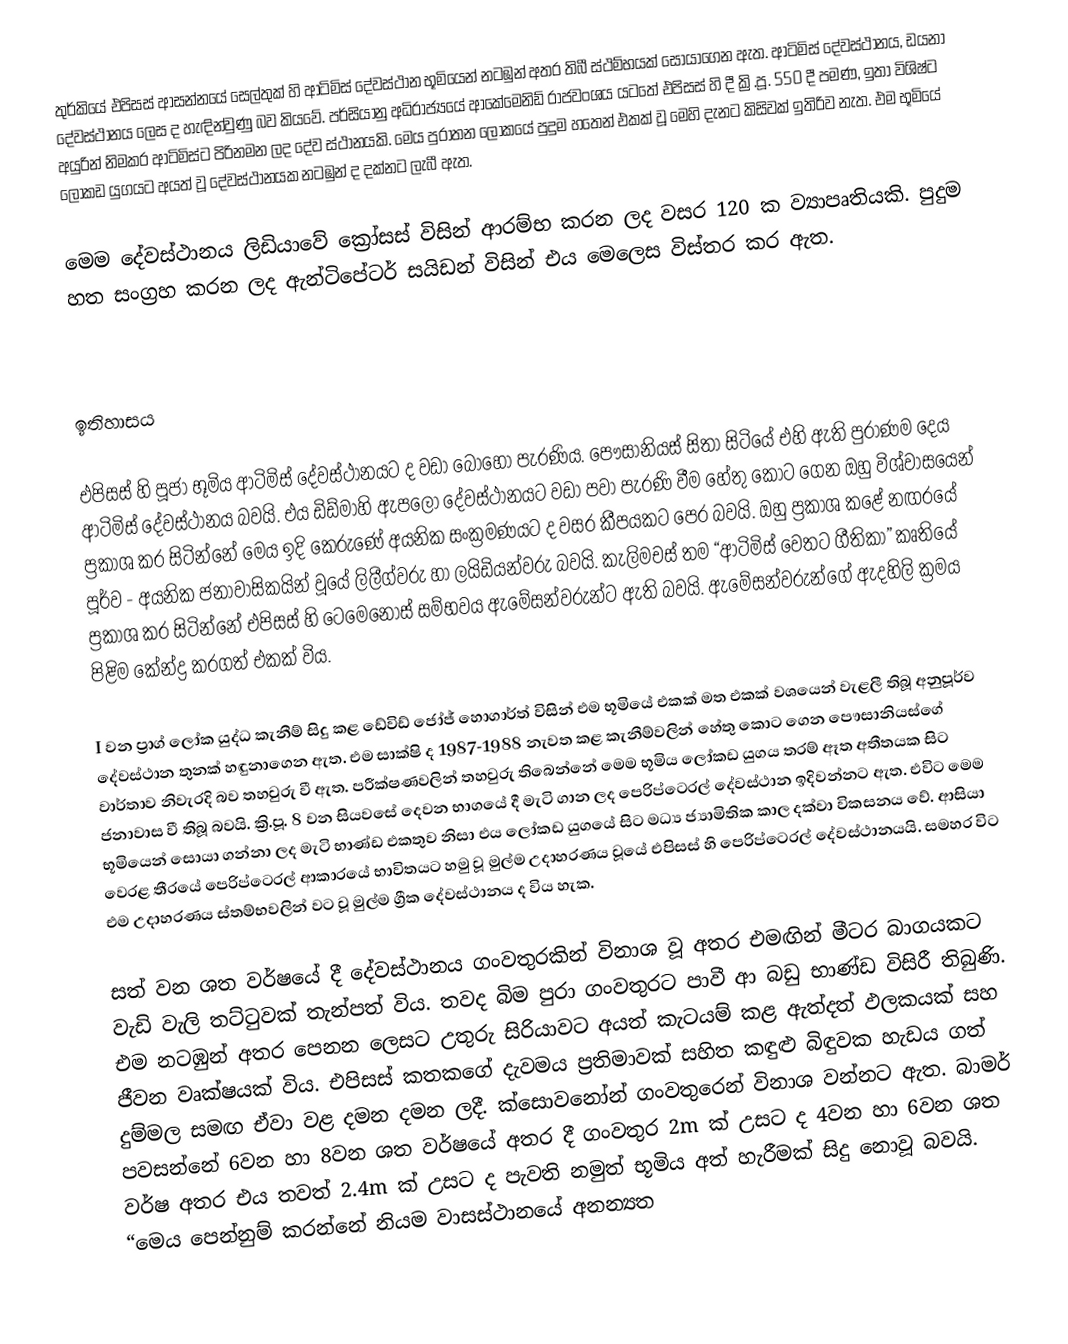
තුර්කියේ එපිසස් ආසන්නයේ සෙල්තුක් හි ආටිමිස් දේවස්ථාන භූමියෙන් නටඹුන් අතර තිබී ස්ථම්භයක් සොයාගෙන ඇත. ආටිමිස් දේවස්ථානය, ඩයනා දේවස්ථානය ලෙස ද හැඳින්වුණු බව කියවේ. පර්සියානු අධිරාජ්‍යයේ ආකේමෙනිඩ් රාජවංශය යටතේ එපිසස් හි දී ක්‍රි.පූ. 550 දී පමණ, ඉතා විශිෂ්ට අයුරින් නිමකර ආටිමිස්ට පිරිනමන ලද දේව ස්ථානයකි. මෙය පුරාතන ලෝකයේ පුදුම හතෙන් එකක් වූ මෙහි දැනට කිසිවක් ඉතිරිව නැත. එම භූමියේ ලෝකඩ යුගයට අයත් වූ දේවස්ථානයක නටඹුන් ද දක්නට ලැබී ඇත.

මෙම දේවස්ථානය ලිඩියාවේ ක්‍රෝසස් විසින් ආරම්භ කරන ලද වසර 120 ක ව්‍යාපෘතියකි. පුදුම හත සංග්‍රහ කරන ලද ඇන්ටිපේටර් සයිඩන් විසින් එය මෙලෙස විස්තර කර ඇත.

‍

ඉතිහාසය

එපිසස් හි පූජා භූමිය ආටිමිස් දේවස්ථානයට ද වඩා බොහෝ පැරණිය. පෞසානියස් සිතා සිටියේ එහි ඇති පුරාණම දෙය ආටිමිස් දේවස්ථානය බවයි. එය ඩිඩ්මාහි ඇපලෝ දේවස්ථානයට වඩා පවා පැරණි වීම හේතු කොට ගෙන ඔහු විශ්වාසයෙන් ප්‍රකාශ කර සිටින්නේ මෙය ඉදි කෙරුණේ අයනික සංක්‍රමණයට ද වසර කීපයකට පෙර බවයි. ඔහු ප්‍රකාශ කළේ නඟරයේ පූර්ව - අයනික ජනාවාසිකයින් වූයේ ලිලීග්වරු හා ලයිඩියන්වරු බවයි. කැලිමචස් තම “ආටිමිස් වෙතට ගීතිකා” කෘතියේ ප්‍රකාශ කර සිටින්නේ එපිසස් හි ටෙමෙනෝස් සම්භවය ඇමේසන්වරුන්ට ඇති බවයි. ඇමේසන්වරුන්ගේ ඇදහිලි ක්‍රමය පිළිම කේන්ද්‍ර කරගත් එකක් විය.

I වන ප්‍රාග් ලෝක යුද්ධ කැනීම් සිදු කළ ඩේවිඩ් ජෝජ් හොගාර්ත් විසින් එම භූමියේ එකක් මත එකක් වශයෙන් වැළලී තිබූ අනුපූර්ව දේවස්ථාන තුනක් හඳුනාගෙන ඇත. එම සාක්ෂි ද 1987-1988 නැවත කළ කැනීම්වලින් හේතු කොට ගෙන පෞසානියස්ගේ වාර්තාව නිවැරදි බව තහවුරු වී ඇත. පරීක්ෂණවලින් තහවුරු තිබෙන්නේ මෙම භූමිය ලෝකඩ යුගය තරම් ඈත අතීතයක සිට ජනාවාස වී තිබූ බවයි. ක්‍රි.පූ. 8 වන සියවසේ දෙවන භාගයේ දී මැටි ගාන ලද පෙරිප්ටෙරල් දේවස්ථාන ඉදිවන්නට ඇත. එවිට මෙම භූමියෙන් සොයා ගන්නා ලද මැටි භාණ්ඩ එකතුව නිසා එය ලෝකඩ යුගයේ සිට මධ්‍ය ජ්‍යාමිතික කාල දක්වා විකසනය වේ. ආසියා වෙරළ තීරයේ පෙරිප්ටෙරල් ආකාරයේ භාවිතයට හමු වූ මුල්ම උදාහරණය වූ‍යේ එපිසස් හි පෙරිප්ටෙරල් දේවස්ථානයයි. සමහර විට එම උදාහරණය ස්තම්භවලින් වට වූ මුල්ම ග්‍රීක දේවස්ථානය ද විය හැක.

සත් වන ශත වර්ෂයේ දී දේවස්ථානය ගංවතුරකින් විනාශ වූ අතර එමඟින් මීටර බාගයකට වැඩි වැලි තට්ටුවක් තැන්පත් විය. තවද බිම පුරා ගංවතුරට පාවී ආ බඩු භාණ්ඩ විසිරී තිබුණි. එම නටඹුන් අතර පෙනන ලෙසට උතුරු සිරියාවට අයත් කැටයම් කළ ඇත්දත් ඵලකයක් සහ ජීවන වෘක්ෂයක් විය. එපිසස් කතකගේ දැවමය ප්‍රතිමාවක් සහිත කඳුළු බිඳුවක හැඩය ගත් දුම්මල සමඟ ඒවා වළ දමන දමන ලදී. ක්සොවනෝන් ගංවතුරෙන් විනාශ වන්නට ඇත. බාමර් පවසන්නේ 6වන හා 8වන ශත වර්ෂයේ අතර දී ගංවතුර 2m ක් උසට ද 4වන හා 6වන ශත වර්ෂ අතර එය තවත් 2.4m ක් උසට ද පැවති නමුත් භූමි‍ය අත් හැරීමක් සිදු නොවූ බවයි. “මෙය පෙන්නුම් කරන්නේ නියම වාසස්ථානයේ අනන්‍යත